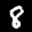
Label: 8